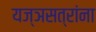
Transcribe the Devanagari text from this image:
यज्ञसत्रांना